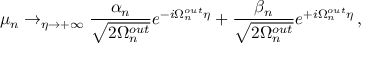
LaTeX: \mu _ { n } \rightarrow _ { \eta \rightarrow + \infty } \frac { \alpha _ { n } } { \sqrt { 2 \Omega _ { n } ^ { o u t } } } e ^ { - i \Omega _ { n } ^ { o u t } \eta } + \frac { \beta _ { n } } { \sqrt { 2 \Omega _ { n } ^ { o u t } } } e ^ { + i \Omega _ { n } ^ { o u t } \eta } \, ,